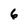
Character: 6